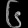
Digit: ၆